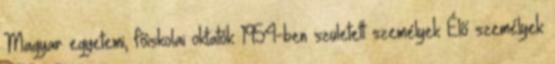
Magyar egyetemi, főiskolai oktatók 1954-ben született személyek Élő személyek